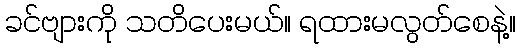
ခင်ဗျားကို သတိပေးမယ်။ ရထားမလွတ်စေနဲ့။